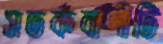
সতর্কবাণীটি